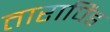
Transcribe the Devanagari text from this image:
तारापिंड